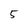
Character: 5